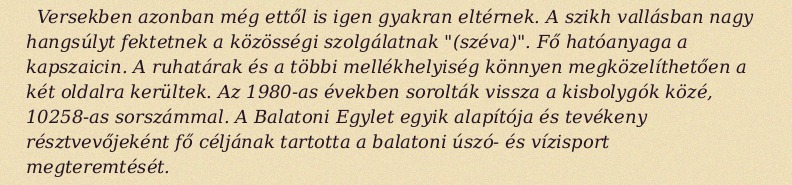
Versekben azonban még ettől is igen gyakran eltérnek. A szikh vallásban nagy hangsúlyt fektetnek a közösségi szolgálatnak "(széva)". Fő hatóanyaga a kapszaicin. A ruhatárak és a többi mellékhelyiség könnyen megközelíthetően a két oldalra kerültek. Az 1980-as években sorolták vissza a kisbolygók közé, 10258-as sorszámmal. A Balatoni Egylet egyik alapítója és tevékeny résztvevőjeként fő céljának tartotta a balatoni úszó- és vízisport megteremtését.